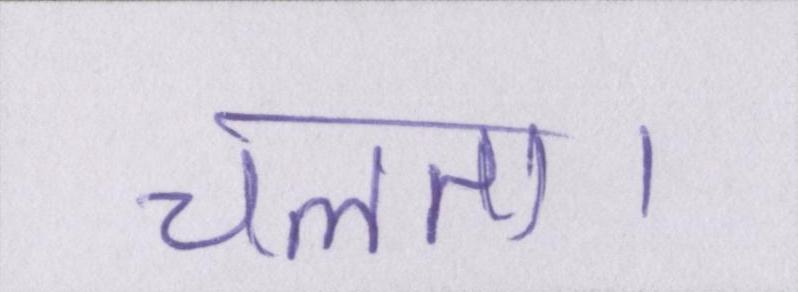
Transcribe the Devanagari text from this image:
चलता।